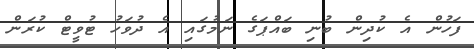
ފަހުން އެ ކުދިން ބުނި ބައްޕަގެ ނަމުގައި އެ ދުވަހު ޓުވީޓް ކުރަން